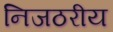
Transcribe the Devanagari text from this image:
निजठरीय